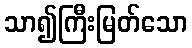
သာ၍ကြီးမြတ်သော